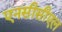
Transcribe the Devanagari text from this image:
एनसीसीएल